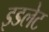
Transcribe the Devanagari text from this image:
इडलेट